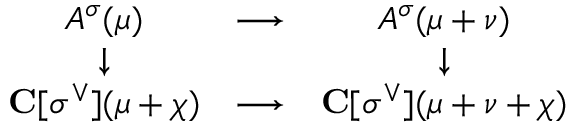
\begin{array} { c c c } { { A ^ { \sigma } ( \mu ) } } & { { \longrightarrow } } & { { A ^ { \sigma } ( \mu + \nu ) } } \\ { { \downarrow } } & { { \, } } & { { \downarrow } } \\ { { { \bf C } [ \sigma ^ { \vee } ] ( \mu + \chi ) } } & { { \longrightarrow } } & { { { \bf C } [ \sigma ^ { \vee } ] ( \mu + \nu + \chi ) } } \end{array}